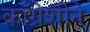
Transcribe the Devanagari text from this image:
काँग्रेशीने